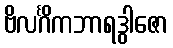
ဗိလင်္ဂိကဘာရဒွါဇော